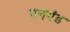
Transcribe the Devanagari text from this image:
मनगंड